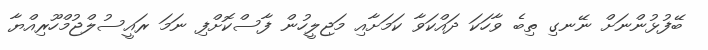
ބޭފުޅުންނަށް ނޭނގި ތިބެ ވާހަކަ ދައްކަވާ ކަމަށާއި މަޖިލީހުން ފާސްކޮށްފި ނަމަ ރައީސުލްޖުމްހޫރިއްޔާ